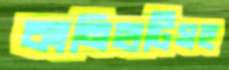
কানিহাটিসহ